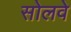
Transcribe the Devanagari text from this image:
सोलवे